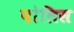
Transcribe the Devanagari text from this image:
पोलिस